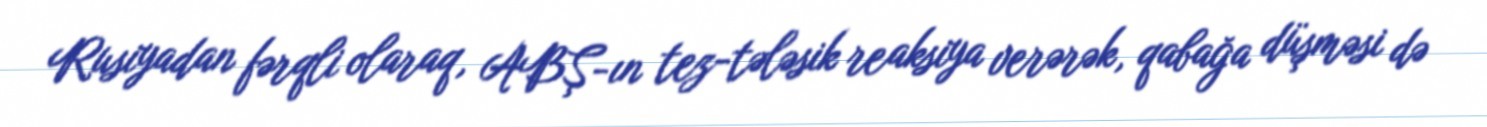
Rusiyadan fərqli olaraq, ABŞ-ın tez-tələsik reaksiya verərək, qabağa düşməsi də